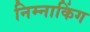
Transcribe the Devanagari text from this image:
निम्नाकिंग